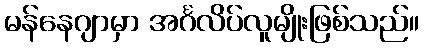
မန်နေဂျာမှာ အင်္ဂလိပ်လူမျိုးဖြစ်သည်။